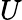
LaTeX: U